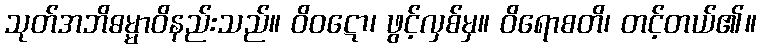
သုတ်အဘိဓမ္မာဝိနည်းသည်။ ဝိဝဋော၊ ဖွင့်လှစ်မှ။ ဝိရောစတိ၊ တင့်တယ်၏။